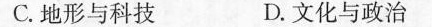
C.地形与科技 D.文化与政治